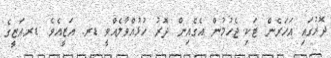
ދޮރުގައި އަހަރެން ޓަކި ޖެހުމުން އެގެއިން ދޮރު ހުޅުއްވާލެއްވީ ޑރ. އަޒީއެވެ. ޑރ.އަޒީގެ